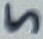
Text: 5